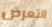
التعرض